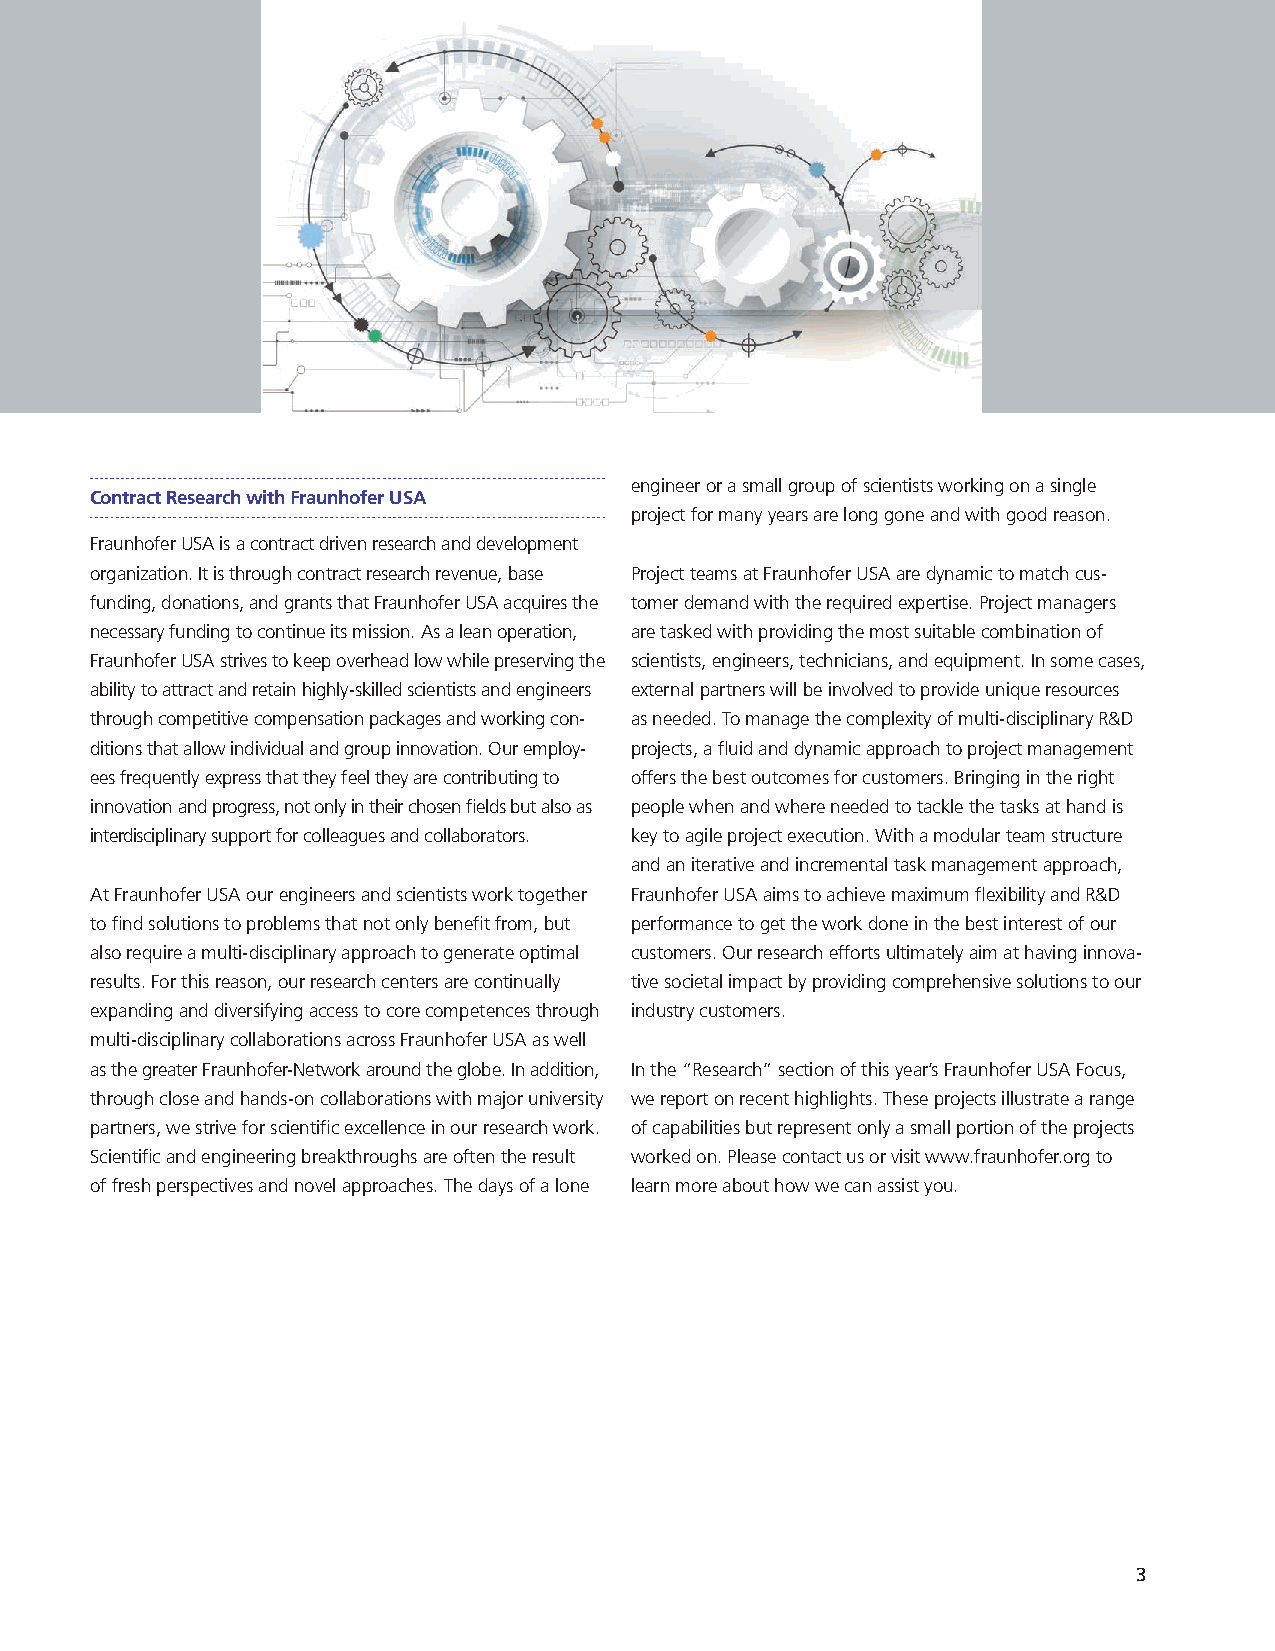
engineer or a small group of scientists working on a single
 Contract Research with Fraunhofer USA
 project for many years are long gone and with good reason.
 Fraunhofer USA is a contract driven research and development
 organization. It is through contract research revenue, base Project teams at Fraunhofer USA are dynamic to match cus-
 funding, donations, and grants that Fraunhofer USA acquires the tomer demand with the required expertise. Project managers
 necessary funding to continue its mission. As a lean operation, are tasked with providing the most suitable combination of
 Fraunhofer USA strives to keep overhead low while preserving the scientists, engineers, technicians, and equipment. In some cases,
 ability to attract and retain highly-skilled scientists and engineers external partners will be involved to provide unique resources
 through competitive compensation packages and working con- as needed. To manage the complexity of multi-disciplinary R&D
 ditions that allow individual and group innovation. Our employ- projects, a fluid and dynamic approach to project management
 ees frequently express that they feel they are contributing to offers the best outcomes for customers. Bringing in the right
 innovation and progress, not only in their chosen fields but also as people when and where needed to tackle the tasks at hand is
 interdisciplinary support for colleagues and collaborators. key to agile project execution. With a modular team structure
 and an iterative and incremental task management approach,
 At Fraunhofer USA our engineers and scientists work together Fraunhofer USA aims to achieve maximum flexibility and R&D
 to find solutions to problems that not only benefit from, but performance to get the work done in the best interest of our
 also require a multi-disciplinary approach to generate optimal customers. Our research efforts ultimately aim at having innova-
 results. For this reason, our research centers are continually tive societal impact by providing comprehensive solutions to our
 expanding and diversifying access to core competences through industry customers.
 multi-disciplinary collaborations across Fraunhofer USA as well
 as the greater Fraunhofer-Network around the globe. In addition, In the “Research” section of this year’s Fraunhofer USA Focus,
 through close and hands-on collaborations with major university we report on recent highlights. These projects illustrate a range
 partners, we strive for scientific excellence in our research work. of capabilities but represent only a small portion of the projects
 Scientific and engineering breakthroughs are often the result worked on. Please contact us or visit www.fraunhofer.org to
 of fresh perspectives and novel approaches. The days of a lone learn more about how we can assist you.
 3